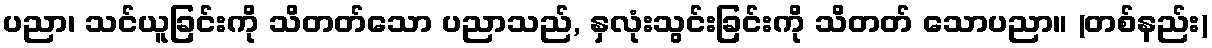
ပညာ၊ သင်ယူခြင်းကို သိတတ်သော ပညာသည်, နှလုံးသွင်းခြင်းကို သိတတ် သောပညာ။ (တစ်နည်း)